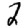
Digit: 2